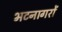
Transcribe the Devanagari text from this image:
भटनागरों